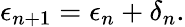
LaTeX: \epsilon_{n+1}=\epsilon_{n}+\delta_{n}.